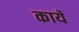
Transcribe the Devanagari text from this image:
कायॅ